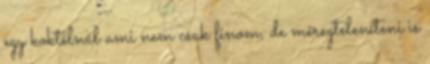
egy koktélnál ami nem csak finom, de méregteleníteni is